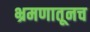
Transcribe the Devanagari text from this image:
भ्रमणातूनच